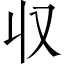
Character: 収